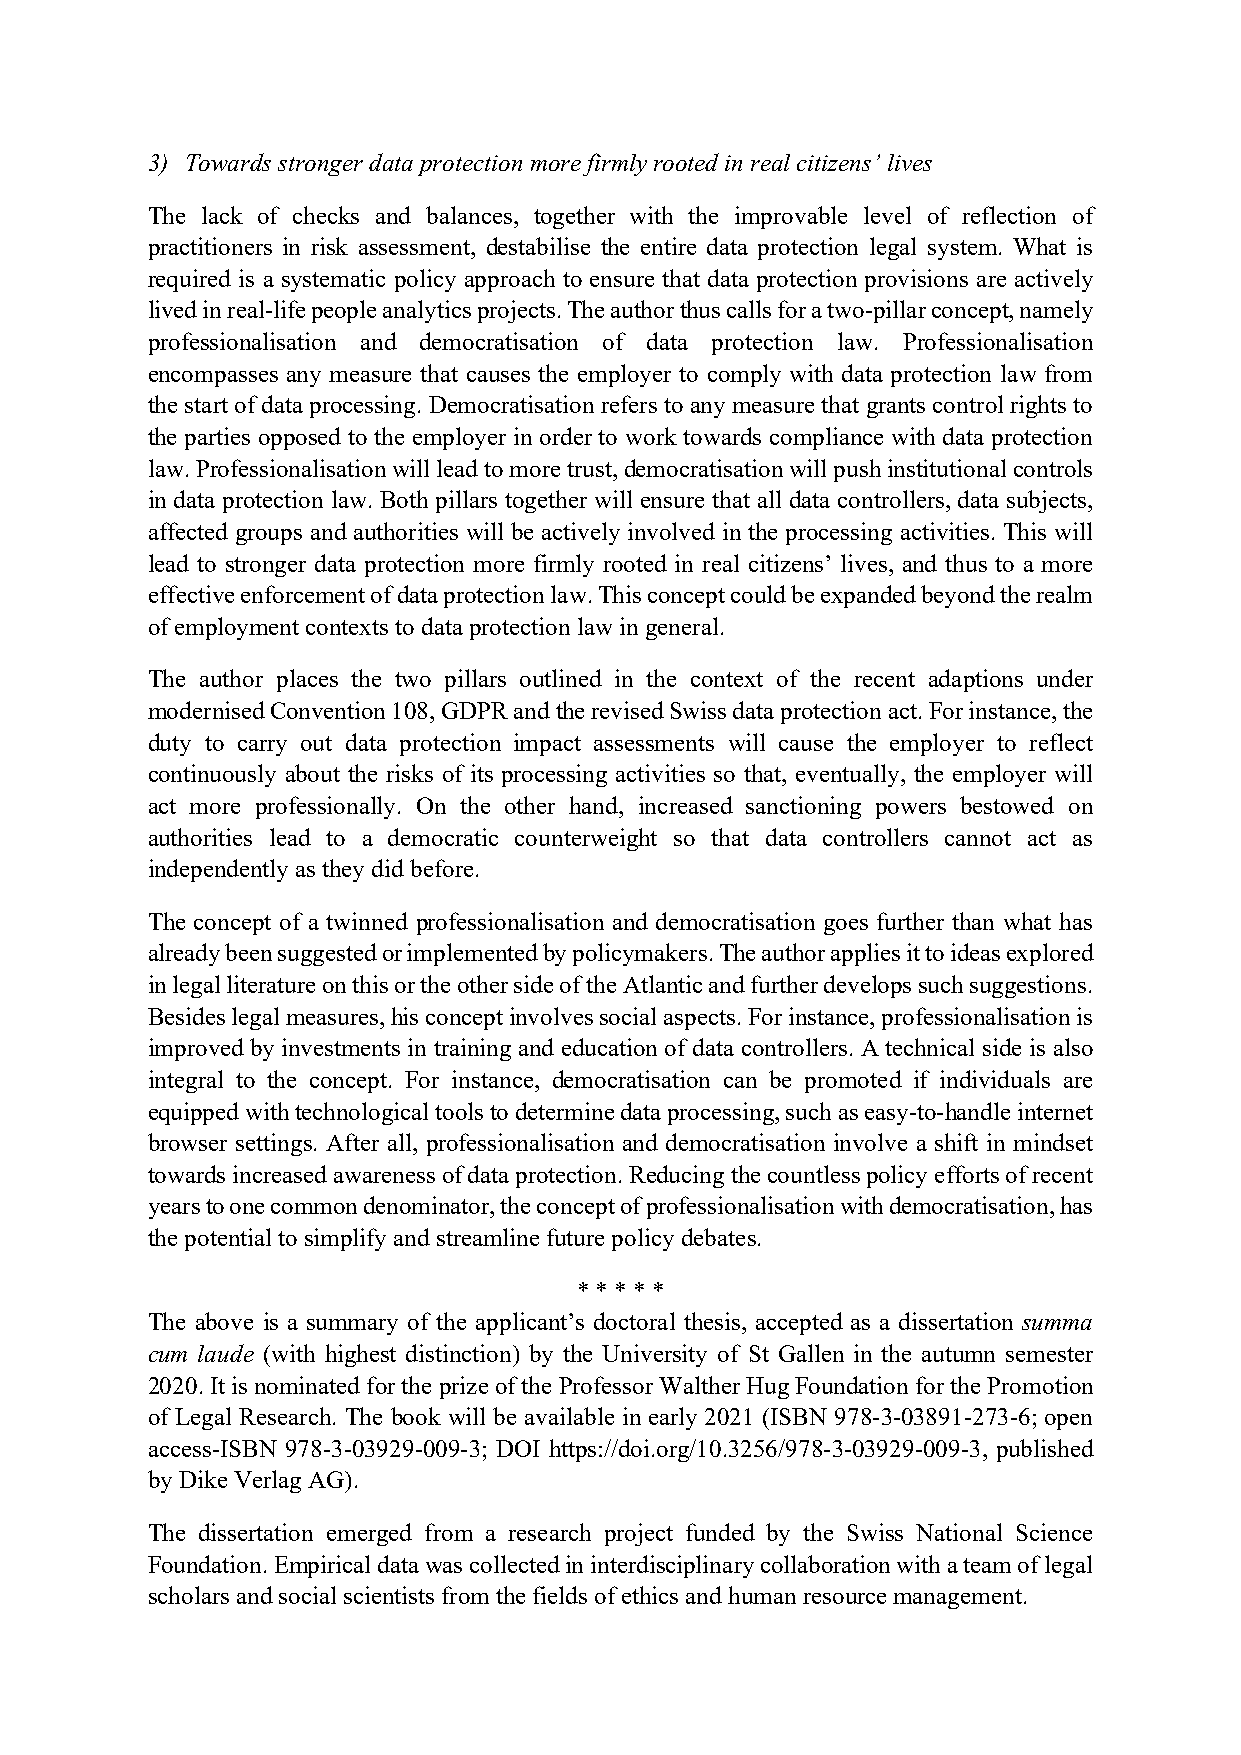
3) Towards stronger data protection more firmly rooted in real citizens’ lives
 The lack of checks and balances, together with the improvable level of reflection of
 practitioners in risk assessment, destabilise the entire data protection legal system. What is
 required is a systematic policy approach to ensure that data protection provisions are actively
 lived in real-life people analytics projects. The author thus calls for a two-pillar concept, namely
 professionalisation and democratisation of data protection law. Professionalisation
 encompasses any measure that causes the employer to comply with data protection law from
 the start of data processing. Democratisation refers to any measure that grants control rights to
 the parties opposed to the employer in order to work towards compliance with data protection
 law. Professionalisation will lead to more trust, democratisation will push institutional controls
 in data protection law. Both pillars together will ensure that all data controllers, data subjects,
 affected groups and authorities will be actively involved in the processing activities. This will
 lead to stronger data protection more firmly rooted in real citizens’ lives, and thus to a more
 effective enforcement of data protection law. This concept could be expanded beyond the realm
 of employment contexts to data protection law in general.
 The author places the two pillars outlined in the context of the recent adaptions under
 modernised Convention 108, GDPR and the revised Swiss data protection act. For instance, the
 duty to carry out data protection impact assessments will cause the employer to reflect
 continuously about the risks of its processing activities so that, eventually, the employer will
 act more professionally. On the other hand, increased sanctioning powers bestowed on
 authorities lead to a democratic counterweight so that data controllers cannot act as
 independently as they did before.
 The concept of a twinned professionalisation and democratisation goes further than what has
 already been suggested or implemented by policymakers. The author applies it to ideas explored
 in legal literature on this or the other side of the Atlantic and further develops such suggestions.
 Besides legal measures, his concept involves social aspects. For instance, professionalisation is
 improved by investments in training and education of data controllers. A technical side is also
 integral to the concept. For instance, democratisation can be promoted if individuals are
 equipped with technological tools to determine data processing, such as easy-to-handle internet
 browser settings. After all, professionalisation and democratisation involve a shift in mindset
 towards increased awareness of data protection. Reducing the countless policy efforts of recent
 years to one common denominator, the concept of professionalisation with democratisation, has
 the potential to simplify and streamline future policy debates.
 * * * * *
 The above is a summary of the applicant’s doctoral thesis, accepted as a dissertation summa
 cum laude (with highest distinction) by the University of St Gallen in the autumn semester
 2020. It is nominated for the prize of the Professor Walther Hug Foundation for the Promotion
 of Legal Research. The book will be available in early 2021 (ISBN 978-3-03891-273-6; open
 access-ISBN 978-3-03929-009-3; DOI https://doi.org/10.3256/978-3-03929-009-3, published
 by Dike Verlag AG).
 The dissertation emerged from a research project funded by the Swiss National Science
 Foundation. Empirical data was collected in interdisciplinary collaboration with a team of legal
 scholars and social scientists from the fields of ethics and human resource management.